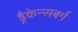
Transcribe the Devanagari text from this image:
ड्रैकेन्सबर्ग